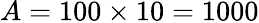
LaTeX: A=100\times 10=1000